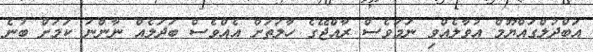
އަބްދުލްގައްޔޫމް އުވާލެއްވި ނަމަވެސް ރާއްޖޭގެ ހާލަތަށް އެއްވެސް ބަދަލެއް ނާންނަ ކަމަށް ބުނެ